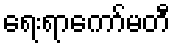
ရေးရာကော်မတီ